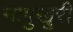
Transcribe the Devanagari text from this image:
नापुखुरी